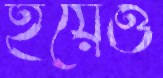
হয়েও